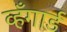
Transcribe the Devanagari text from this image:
व्हँगार्ड